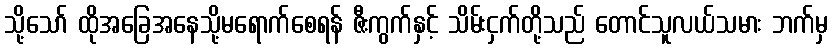
သို့သော် ထိုအခြေအနေသို့မရောက်စေရန် ဇီးကွက်နှင့် သိမ်းငှက်တို့သည် တောင်သူလယ်သမား ဘက်မှ